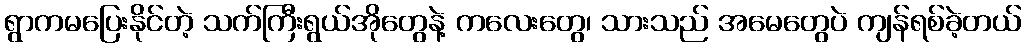
ရွာကမပြေးနိုင်တဲ့ သက်ကြီးရွယ်အိုတွေနဲ့ ကလေးတွေ၊ သားသည် အမေတွေပဲ ကျန်ရစ်ခဲ့တယ်